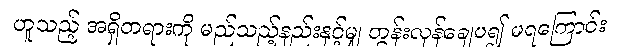
ဟူသည့် အရှိတရားကို မည်သည့်နည်းနှင့်မျှ တွန်းလှန်ချေပ၍ မရကြောင်း